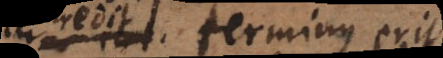
credit, terminus erit